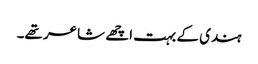
ہندی کے بہت اچھے شاعر تھے۔